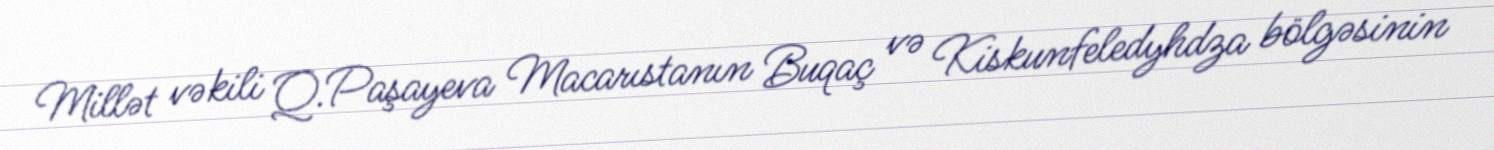
Millət vəkili Q.Paşayeva Macarıstanın Buqaç və Kiskunfeledyhdza bölgəsinin